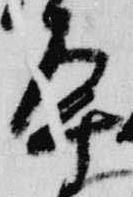
導